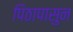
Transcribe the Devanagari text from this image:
पिठापासुन